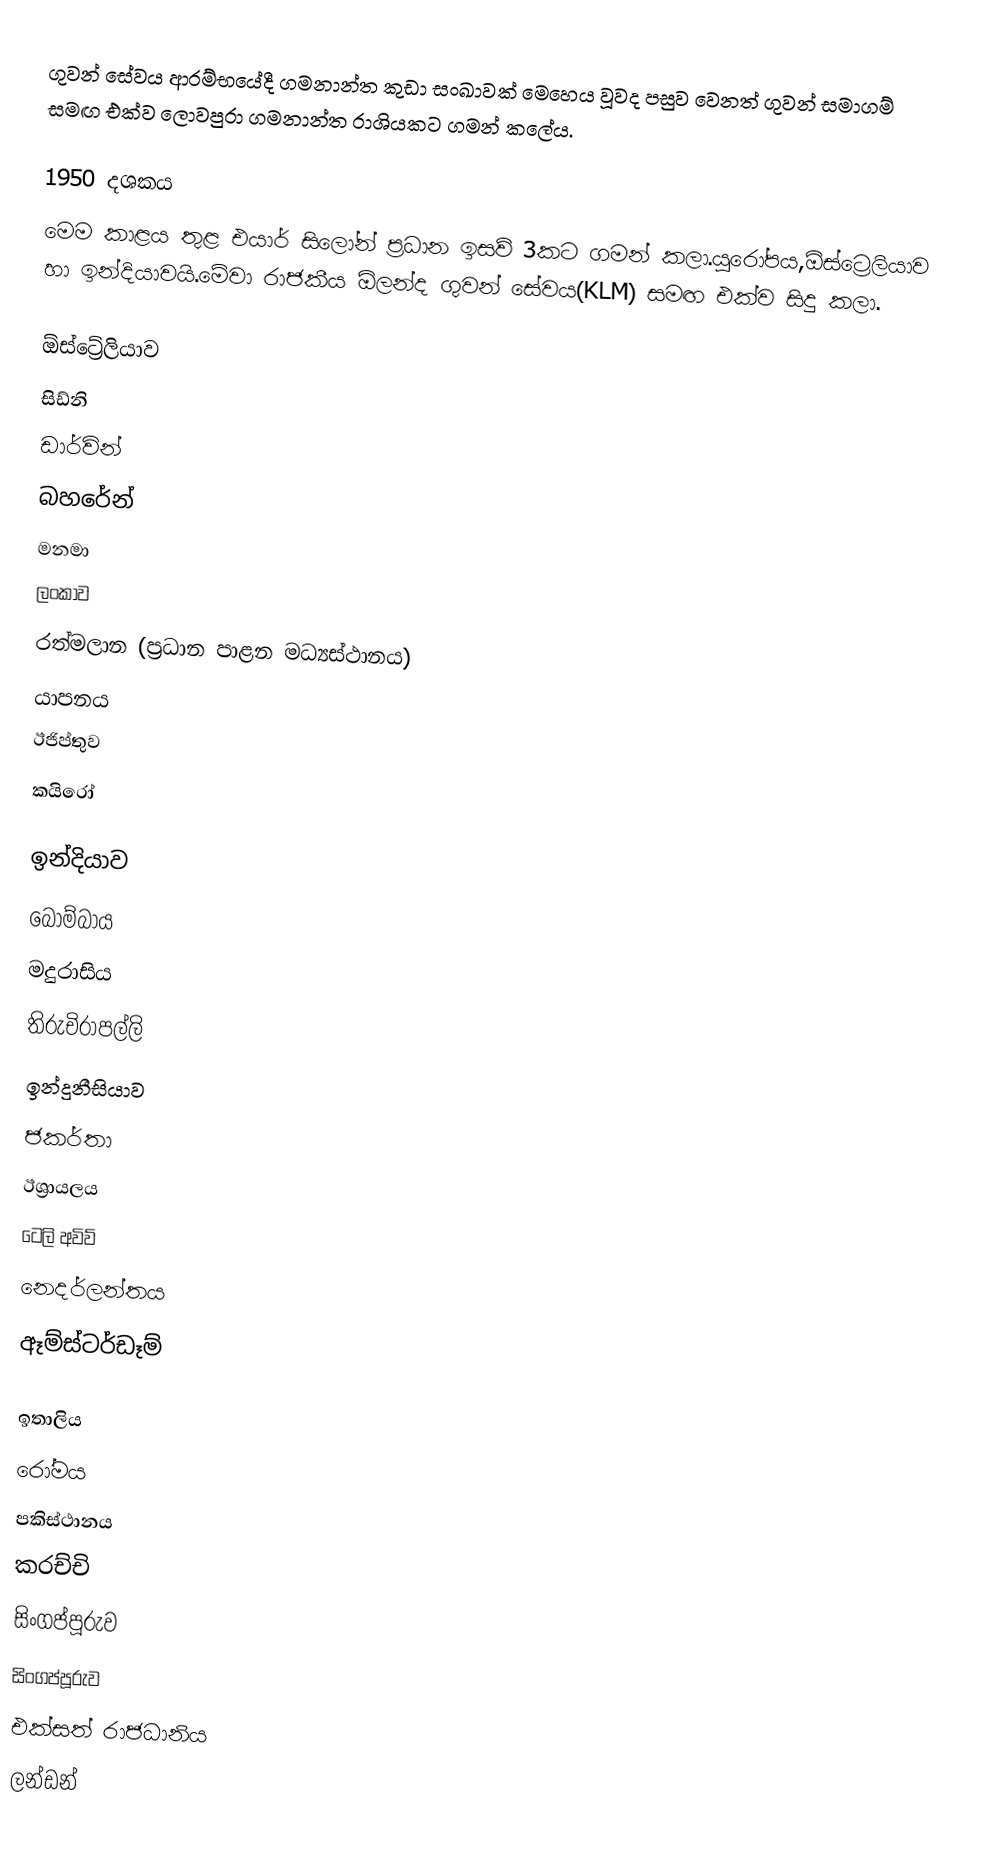
ගුවන් සේවය ආරම්භයේදී ගමනාන්ත කුඩා සංඛාවක් මෙහෙය වූවද පසුව වෙනත් ගුවන් සමාගම් සමඟ එක්ව ලොවපුරා ගමනාන්ත රාශියකට ගමන් කලේය.

1950 දශකය
මෙම කාළය තුළ එයාර් සිලෝන් ප්‍රධාන ඉසව් 3කට ගමන් කලා.යුරෝපය,ඕස්ට්‍රෙලියාව හා ඉන්දියාවයි.මේවා රාජකීය ඕලන්ද ගුවන් සේවය(KLM) සමඟ එක්ව සිදු කලා.

ඕස්ට්‍රේලියාව
සිඩ්නි
ඩාර්වින්
බහරේන්
මනමා
ලංකාව
රත්මලාන (ප්‍රධාන පාළන මධ්‍යස්ථානය)
යාපනය
ඊජිප්තුව
කයිරෝ

ඉන්දියාව
බොම්බාය
මදුරාසිය
තිරුචිරාපල්ලි
ඉන්දුනීසියාව
ජකර්තා
ඊශ්‍රායලය
ටෙලි අවිව්
නෙදර්ලන්තය
ඈම්ස්ටර්ඩෑම්

ඉතාලිය
රෝමය
පකිස්ථානය
කරච්චි
සිංගප්පූරුව
සිංගප්පූරුව
එක්සත් රාජධානිය
ලන්ඩන්